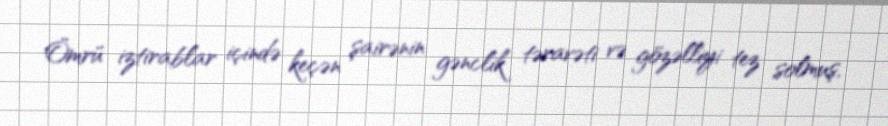
Ömrü iztirablar içində keçən şairənin gənclik təravəti və gözəlliyi tez solmuş,